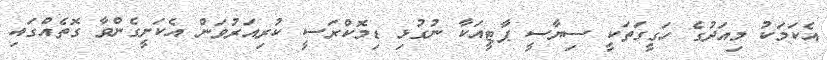
އެކަމަކު މިއަދުގެ ހަގީގަތަކީ ސިޔާސީ ޕާޓީއަކާ ނުގުޅި ޑިމޮކްރަސީ ކުރިއަރުވަން އެކަށީގެންވާ ގޮތެއްގައި